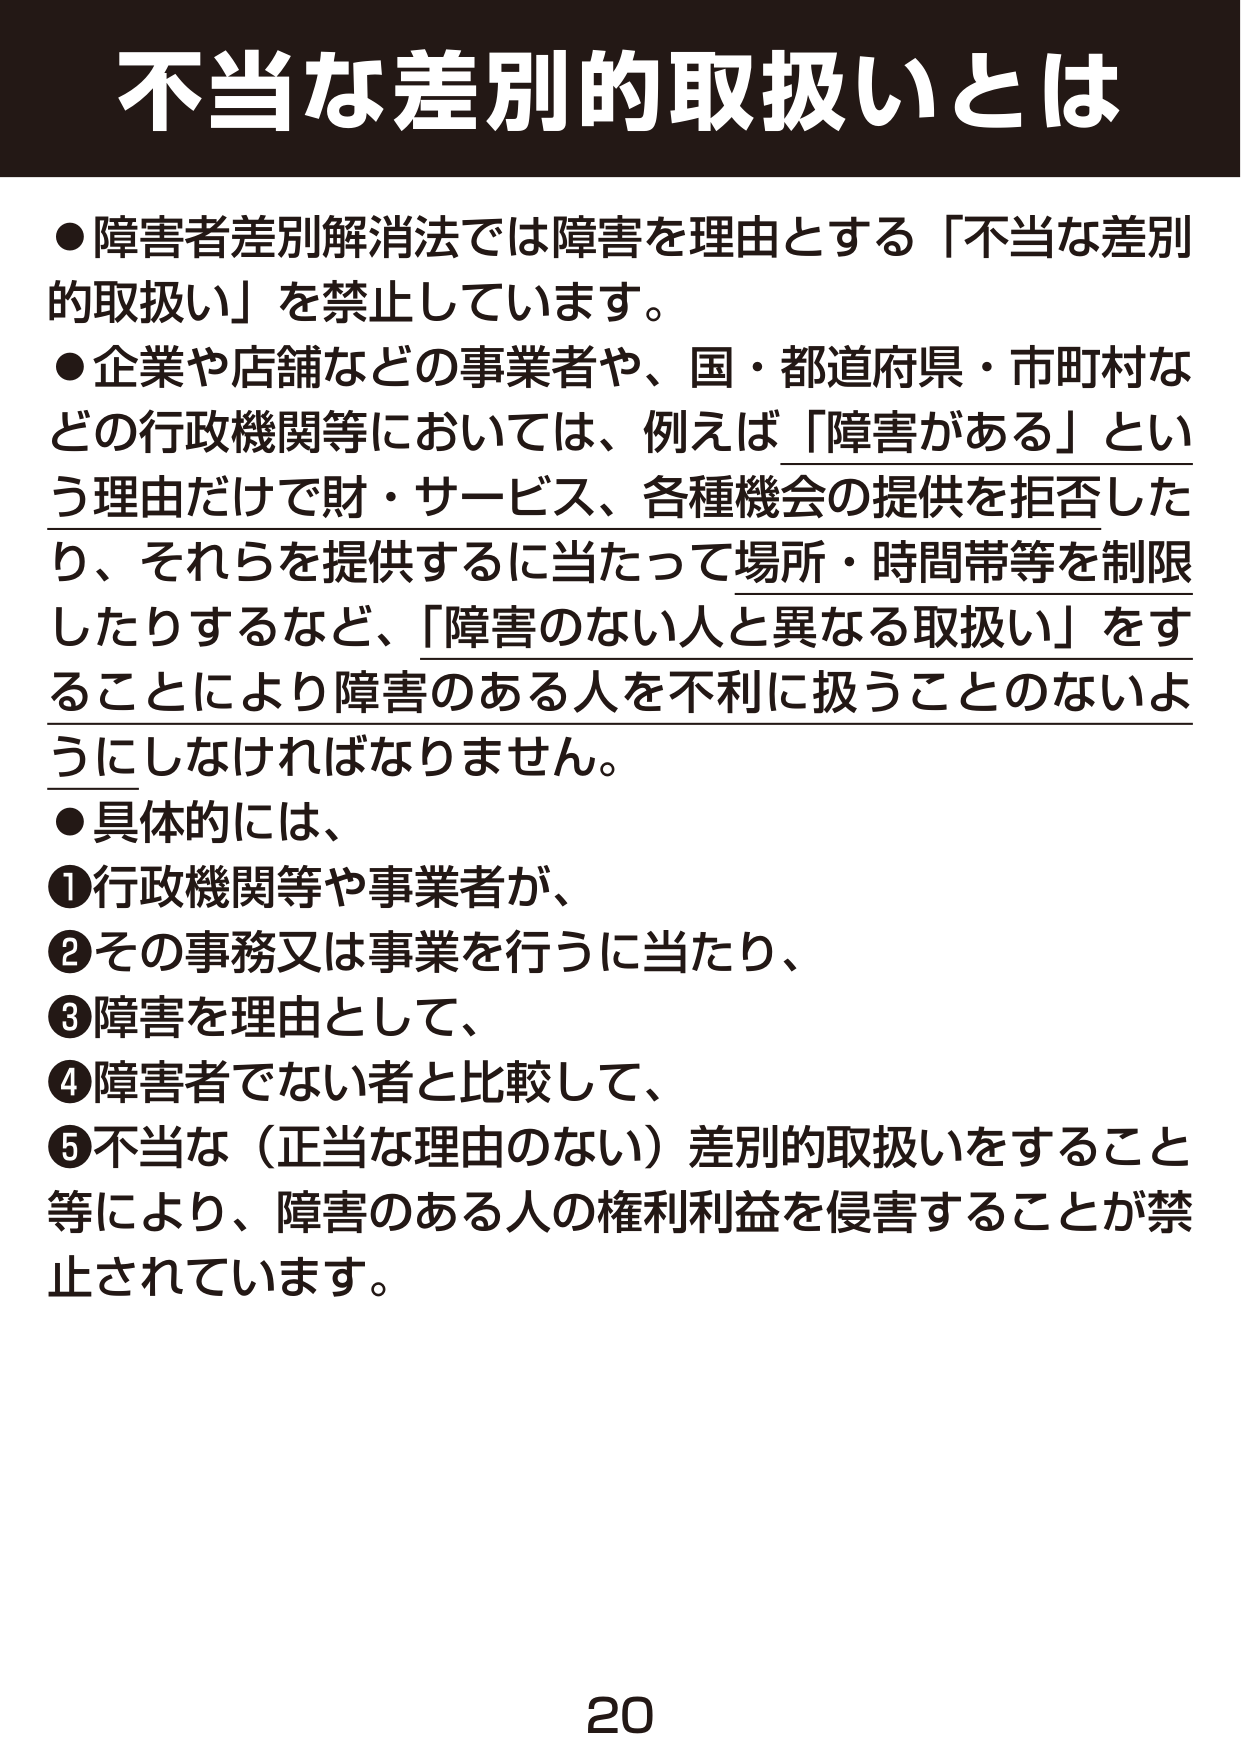
不当な差別的取扱いとは

●障害者差別解消法では障害を理由とする「不当な差別的取扱い」を禁止しています。
●企業や店舗などの事業者や、国・都道府県・市町村などの行政機関等においては、例えば「障害がある」という理由だけで財・サービス、各種機会の提供を拒否したり、それらを提供するに当たって場所・時間帯等を制限したりするなど、「障害のない人と異なる取扱い」をすることにより障害のある人を不利に扱うことのないようにしなければなりません。
●具体的には、
①行政機関等や事業者が、
②その事務又は事業を行うに当たり、
③障害を理由として、
④障害者でない者と比較して、
⑤不当な（正当な理由のない）差別的取扱いをすること等により、障害のある人の権利利益を侵害することが禁止されています。

20